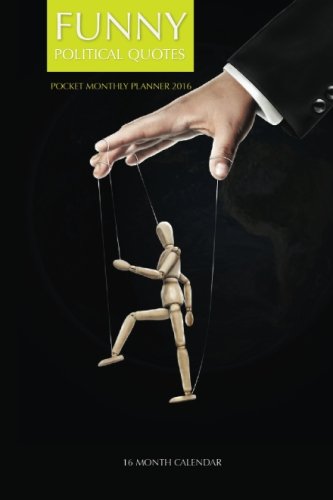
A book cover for Funny Political Quotes Pocket Monthly Planner 2016: 16 Month Calendar; Jack Smith; Calendars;